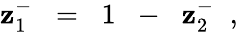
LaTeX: \mathbf{z}_{1}^{-}\; \; =\; \; 1\; \; -\; \; \mathbf{z}_{2}^{-}\; \; ,